Report on vaccination in Madras 1904-1921 - 1904-1921
Year: 1904
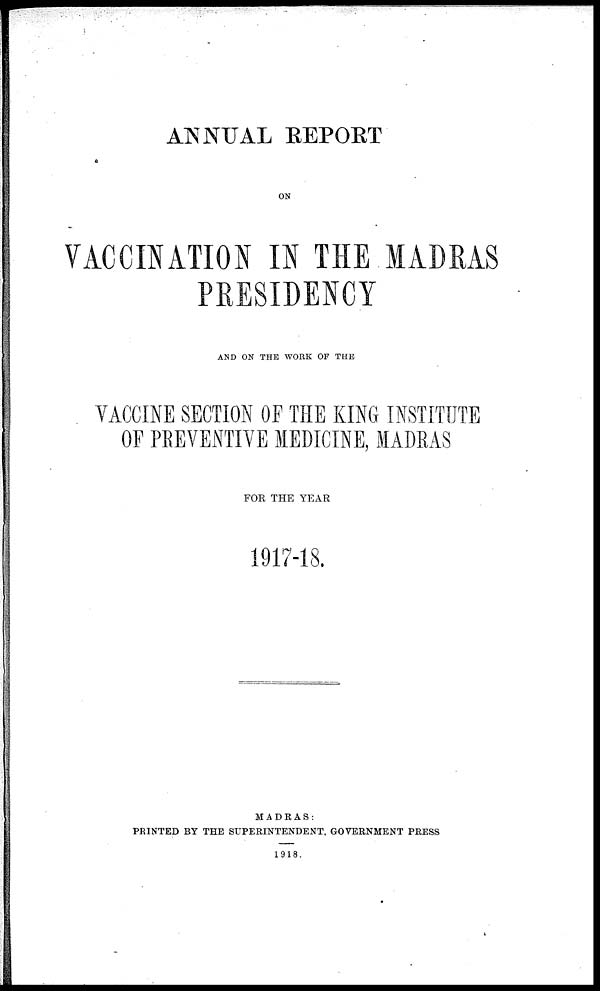
ANNUAL REPORT
ON
VACCINATION IN THE MADRAS
PRESIDENCY
AND ON THE WORK OF THE
VACCINE SECTION OF THE KING INSTITUTE
OF PREVENTIVE MEDICINE, MADRAS
FOR THE YEAR
1917-18.
MADRAS:
PRINTED BY THE SUPERINTENDENT, GOVERNMENT PRESS
1918.